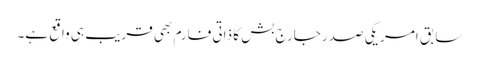
سابق امریکی صدر جارج بش کا ذاتی فارم بھی قریب ہی واقع ہے۔